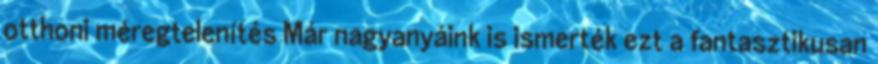
otthoni méregtelenítés Már nagyanyáink is ismerték ezt a fantasztikusan